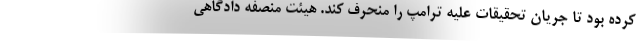
کرده بود تا جریان تحقیقات علیه ترامپ را منحرف کند. هیئت منصفه دادگاهی